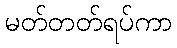
မတ်တတ်ရပ်ကာ